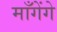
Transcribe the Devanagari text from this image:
माँगेंगे